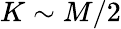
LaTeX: K\sim M/2